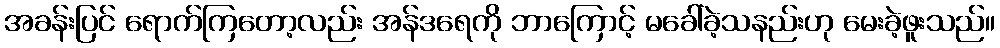
အခန်းပြင် ရောက်ကြတော့လည်း အန်ဒရေကို ဘာကြောင့် မခေါ်ခဲ့သနည်းဟု မေးခဲ့ဖူးသည်။